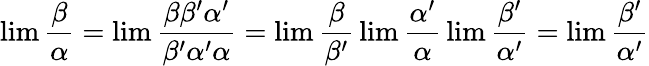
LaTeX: \operatorname*{lim}{\frac{\beta}{\alpha}}=\operatorname*{lim}{\frac{\beta\beta^{\prime}\alpha^{\prime}}{\beta^{\prime}\alpha^{\prime}\alpha}}=\operatorname*{lim}{\frac{\beta}{\beta^{\prime}}}\operatorname*{lim}{\frac{\alpha^{\prime}}{\alpha}}\operatorname*{lim}{\frac{\beta^{\prime}}{\alpha^{\prime}}}=\operatorname*{lim}{\frac{\beta^{\prime}}{\alpha^{\prime}}}